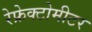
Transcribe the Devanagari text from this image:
रेफ्रेक्टोमीटर